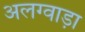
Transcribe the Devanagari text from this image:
अलग्वाड़ा